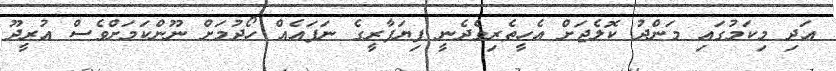
އަދި މިކަމުގައި މަންދު ކޮލެޖަށް އެހީތެރިވެދެނީ ފިޔަފާރީގެ ނަފައެއް ހޯދުމަށް ނޫންކަމަށްވެސް އުރީދޫ